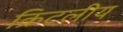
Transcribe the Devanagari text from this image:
क्रिटलीय